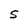
Character: S